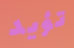
تؤيد